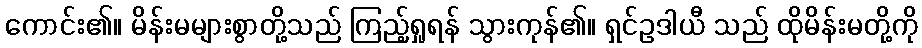
ကောင်း၏။ မိန်းမများစွာတို့သည် ကြည့်ရှုရန် သွားကုန်၏။ ရှင်ဥဒါယီ သည် ထိုမိန်းမတို့ကို